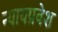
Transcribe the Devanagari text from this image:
न्यायप्रवेश